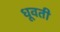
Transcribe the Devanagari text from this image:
धूवती